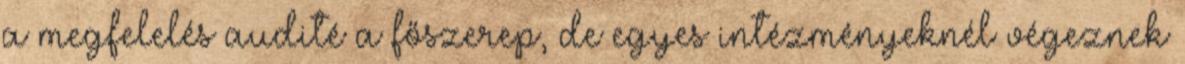
a megfelelés audité a főszerep, de egyes intézményeknél végeznek